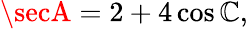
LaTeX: \secA=2+4\cos\mathbb{C},